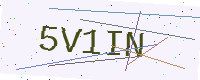
Text: 5V1IN